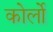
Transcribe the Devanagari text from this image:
कोर्लो